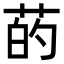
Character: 菂